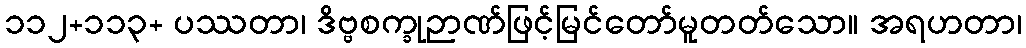
၁၁၂+၁၁၃+ ပဿတာ၊ ဒိဗ္ဗစက္ခုဉာဏ်ဖြင့်မြင်တော်မူတတ်သော။ အရဟတာ၊